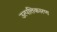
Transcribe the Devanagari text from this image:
उत्पत्तिकारण